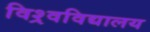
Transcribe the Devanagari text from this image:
विश्र्वविद्यालय